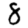
Digit: 8